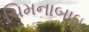
ચિમનાબાઇ